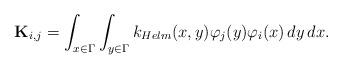
LaTeX: \begin{align*}{\mathbf K}_{i,j} = \int_{x \in\Gamma} \int_{y \in \Gamma} k_{Helm}(x,y) \varphi_j(y)\varphi_i(x) \,dy\,dx. \end{align*}